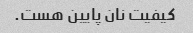
کیفیت نان پایین هست.